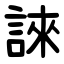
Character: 誺